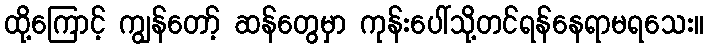
ထို့ကြောင့် ကျွန်တော့် ဆန်တွေမှာ ကုန်းပေါ်သို့တင်ရန်နေရာမရသေး။